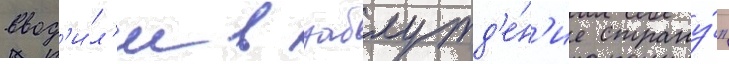
ввод'и́л'и в заблужд'е́н'ие страну́"